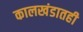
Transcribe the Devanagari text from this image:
कालखंडातही